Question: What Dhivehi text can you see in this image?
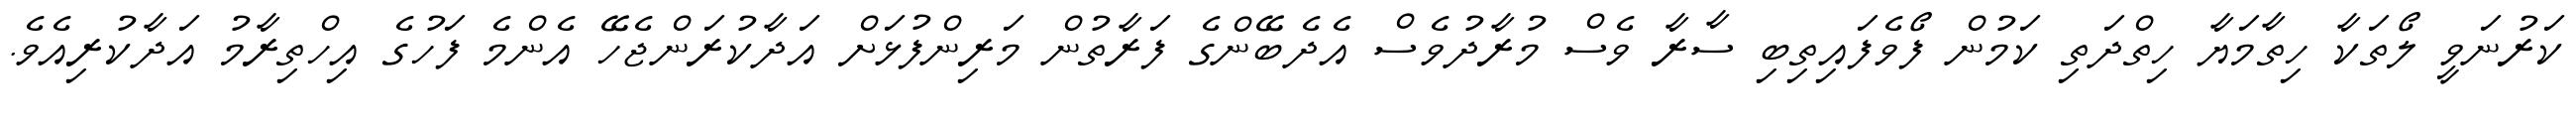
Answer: ކަރުނަވީ ލޯތަކާ ހިތާމަޔާ ހިތްދަތި ކަމުން ފޯވެފައިތިބި ސާރާ ވެސް މުރާދުވެސް އެދެބޭންގެ ފަރާތުން މަރިންފުޅަށް އަދާކުރަންޖެހޭ އެންމެ ފަހުގެ އިހްތިރާމު އަދާކުރިއެވެ.